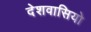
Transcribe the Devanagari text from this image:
देशवासियो